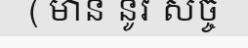
( មាន នូវ សច្ច